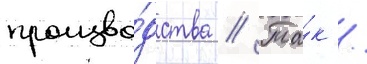
произво́дства // Та́к /